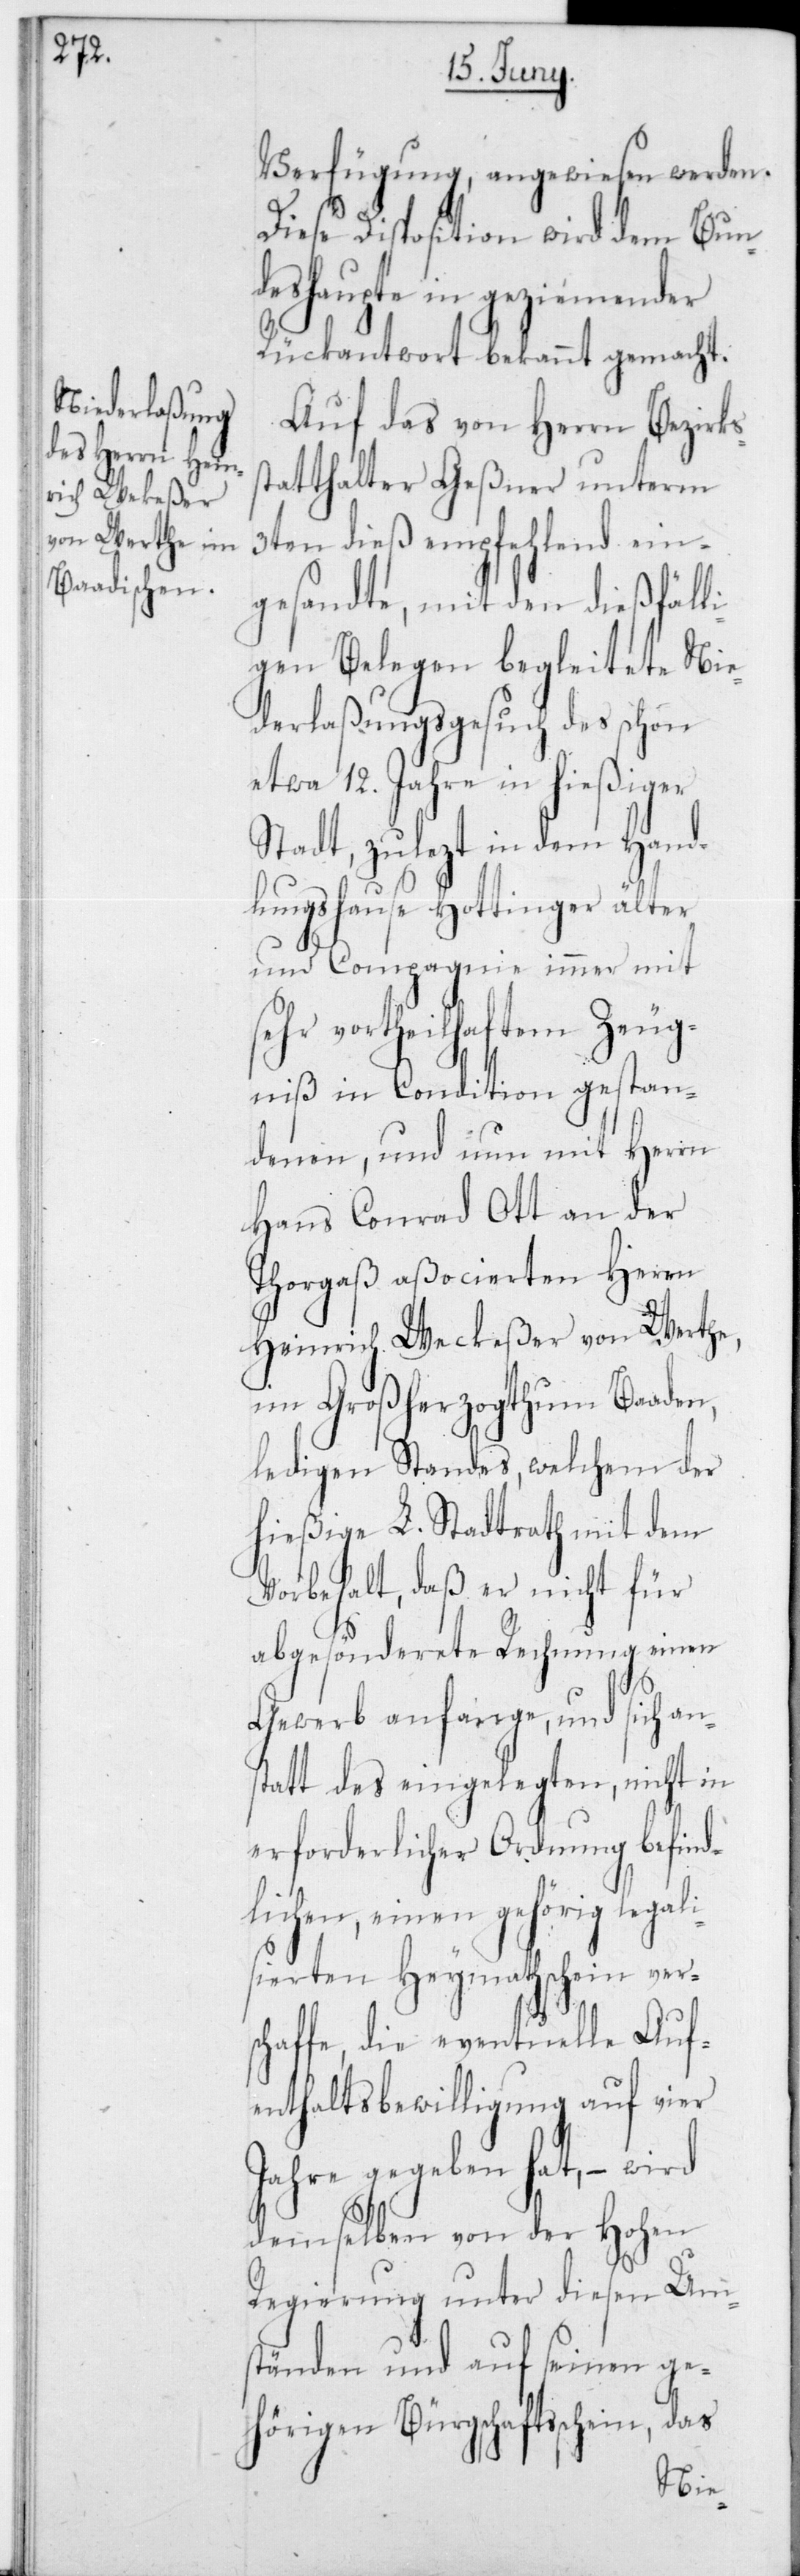
Verfügung, angewiesen werden.
Diese Disposition wird dem Bun¬
deshaupte in geziemender
Rückantwort bekannt gemacht.
Auf das von Herrn Bezirks¬
statthalter Geßner unterm
3ten dieß empfehlend ein¬
gesandte, mit den dießfälli¬
gen Belegen begleitete Nie¬
derlaßungsgesuch des schon
etwa 12 Jahre in hießiger
Stadt, zulezt in dem Hand¬
lungshause Hottinger älter
und Compagnie immer mit
vortheilhaftem Zeug¬
niß in Condition gestan¬
denen, und nun mit Herrn
Hans Conrad Ott an der
Thorgaß aßocierten Herrn
Heinrich Weckeßer von Werthe,
im Großherzogthum Baaden,
ledigen Standes, welchem der
hießige L. Stadtrath mit dem
Vorbehalt, daß er nicht für
abgesönderete Rechnung einen
Gewerb anfange, und sich an¬
statt des eingelegten, nicht in
erforderlicher Ordnung befind¬
lichen, einen gehörig legali¬
sierten Heymathschein vers¬
chaffe, die eventuelle Auf¬
enthaltsbewilligung auf vier
Jahre gegeben hat, – wird
demselben von der Hohen
Regierung unter diesen Um¬
ständen und auf seinen ge¬
hörigen Bürgschaftsschein, das